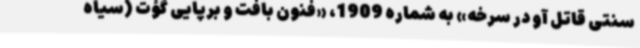
سنتی قاتل آو در سرخه» به شماره 1909، «فنون بافت و برپایی گؤت (سیاه